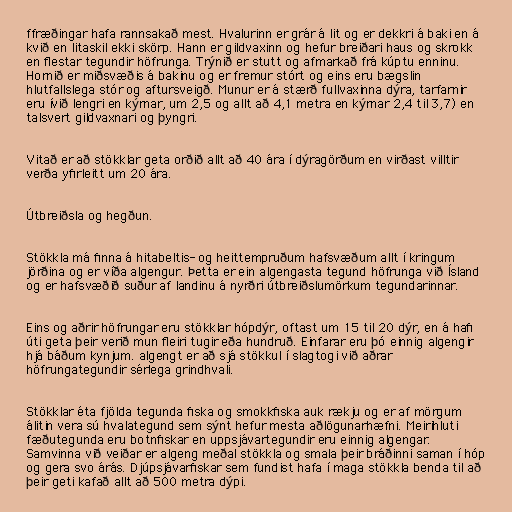
ffræðingar hafa rannsakað mest. Hvalurinn er grár á lit og er dekkri á baki en á
kvið en litaskil ekki skörp. Hann er gildvaxinn og hefur breiðari haus og skrokk
en flestar tegundir höfrunga. Trýnið er stutt og afmarkað frá kúptu enninu.
Hornið er miðsvæðis á bakinu og er fremur stórt og eins eru bægslin
hlutfallslega stór og aftursveigð. Munur er á stærð fullvaxinna dýra, tarfarnir
eru ívið lengri en kýrnar, um 2,5 og allt að 4,1 metra en kýrnar 2,4 til 3,7) en
talsvert gildvaxnari og þyngri.

Vitað er að stökklar geta orðið allt að 40 ára í dýragörðum en virðast villtir
verða yfirleitt um 20 ára.

Útbreiðsla og hegðun.

Stökkla má finna á hitabeltis- og heittempruðum hafsvæðum allt í kringum
jörðina og er víða algengur. Þetta er ein algengasta tegund höfrunga við Ísland
og er hafsvæðið suður af landinu á nyrðri útbreiðslumörkum tegundarinnar.

Eins og aðrir höfrungar eru stökklar hópdýr, oftast um 15 til 20 dýr, en á hafi
úti geta þeir verið mun fleiri tugir eða hundruð. Einfarar eru þó einnig algengir
hjá báðum kynjum. algengt er að sjá stökkul í slagtogi við aðrar
höfrungategundir sérlega grindhvali.

Stökklar éta fjölda tegunda fiska og smokkfiska auk rækju og er af mörgum
álitin vera sú hvalategund sem sýnt hefur mesta aðlögunarhæfni. Meirihluti
fæðutegunda eru botnfiskar en uppsjávartegundir eru einnig algengar.
Samvinna við veiðar er algeng meðal stökkla og smala þeir bráðinni saman í hóp
og gera svo árás. Djúpsjávarfiskar sem fundist hafa í maga stökkla benda til að
þeir geti kafað allt að 500 metra dýpi.